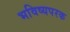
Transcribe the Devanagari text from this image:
भविष्यपरक